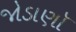
જોડાણૉ